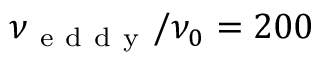
\nu _ { \mathrm { ~ e ~ d ~ d ~ y ~ } } / \nu _ { 0 } = 2 0 0